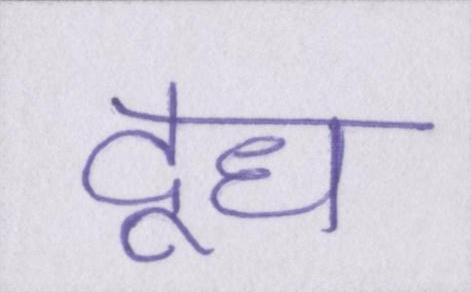
दूध